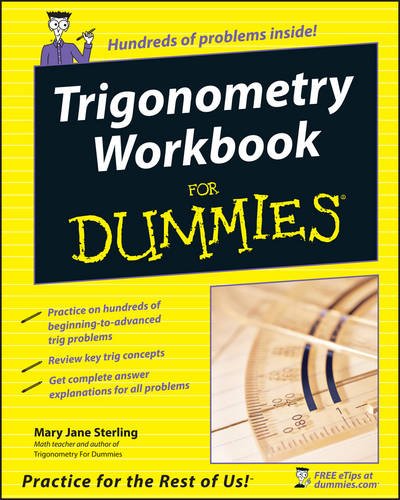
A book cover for Trigonometry Workbook For Dummies; Mary Jane Sterling; Science & Math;